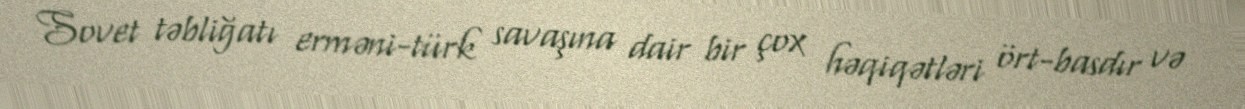
Sovet təbliğatı erməni-türk savaşına dair bir çox həqiqətləri ört-basdır və